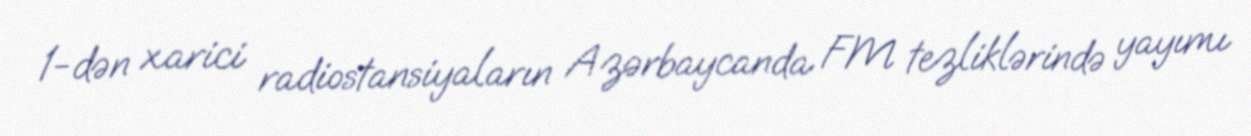
1-dən xarici radiostansiyaların Azərbaycanda FM tezliklərində yayımı